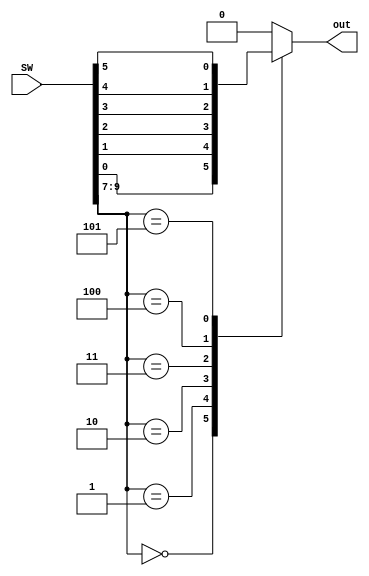

module mux6to1 (SW, out);

input [9:0] SW;
output reg out; // declare the output signal for the always block
	
	always @(*) // declare always block
	begin
	case (SW[9:7]) // start case statement
		3'b000 : out = SW[0];
		3'b001 : out = SW[1];
		3'b010 : out = SW[2];
		3'b011 : out = SW[3];
		3'b100 : out = SW[4];
		3'b101 : out = SW[5];
		default : out = 1'b0;
	endcase
	end
endmodule